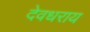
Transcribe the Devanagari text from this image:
देवधराय